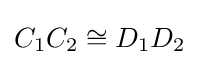
C_{1}C_{2}\cong D_{1}D_{2}